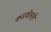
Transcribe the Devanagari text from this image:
कारवेलले